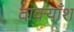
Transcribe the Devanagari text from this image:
वाक्याँश